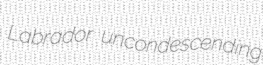
Labrador uncondescending